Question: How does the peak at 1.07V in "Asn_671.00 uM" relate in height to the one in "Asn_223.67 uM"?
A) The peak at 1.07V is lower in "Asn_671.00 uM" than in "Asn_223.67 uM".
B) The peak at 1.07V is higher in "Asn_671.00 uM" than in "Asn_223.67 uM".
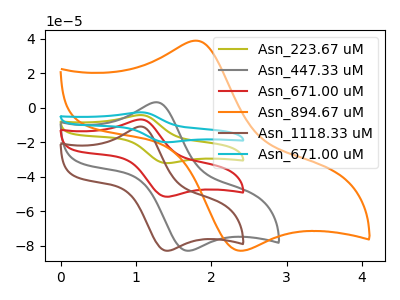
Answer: <think>The olive curve "Asn_223.67 uM" has an anodic peak at (1.05V, -13.55uA) and a cathodic peak at (1.40V, -103.25uA). The gray curve "Asn_447.33 uM" has an anodic peak at (1.30V, 3.25uA) and a cathodic peak at (1.70V, -83.00uA). The red curve "Asn_671.00 uM" has an anodic peak at (1.05V, -6.75uA) and a cathodic peak at (1.40V, -51.65uA). The orange curve "Asn_894.67 uM" has an anodic peak at (1.80V, 38.95uA) and a cathodic peak at (2.40V, -83.00uA). The brown curve "Asn_1118.33 uM" has an anodic peak at (1.05V, -10.90uA) and a cathodic peak at (1.40V, -83.00uA). The cyan curve "Asn_671.00 uM" has an anodic peak at (1.05V, -20.30uA) and a cathodic peak at (1.40V, -154.90uA).</think>
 <answer>B) The peak at 1.07V is higher in "Asn_671.00 uM" than in "Asn_223.67 uM".</answer>
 <eval>B</eval>